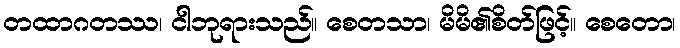
တထာဂတဿ၊ ငါဘုရားသည်။ စေတသာ၊ မိမိ၏စိတ်ဖြင့်။ စေတော၊